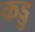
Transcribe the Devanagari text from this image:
कड्डु